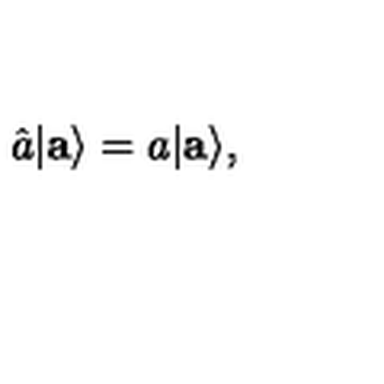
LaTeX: \hat { a } | { \bf a } \rangle = a | { \bf a } \rangle ,